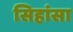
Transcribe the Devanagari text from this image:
सिहांसा